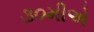
૩૦મીએ